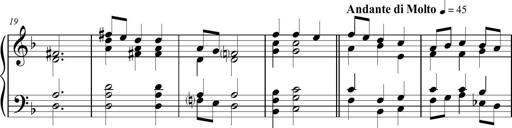
Title: Sonatina para Piano No.1
Composer: Vazel Merenzeine
Key: F major